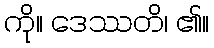
ကို။ ဒေဿတိ၊ ၏။